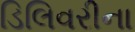
ડિલિવરીના